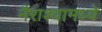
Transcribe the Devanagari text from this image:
नैराश्यामध्ये